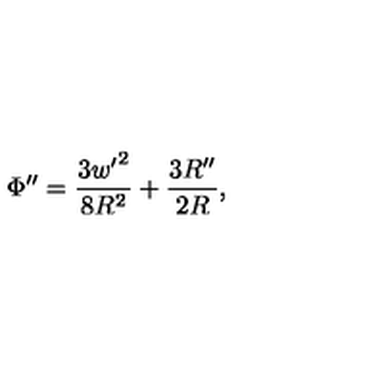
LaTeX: \Phi ^ { \prime \prime } = \frac { 3 { w ^ { \prime } } ^ { 2 } } { 8 R ^ { 2 } } + \frac { 3 R ^ { \prime \prime } } { 2 R } ,